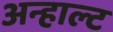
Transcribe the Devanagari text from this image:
अन्हाल्ट